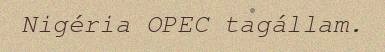
Nigéria OPEC tagállam.